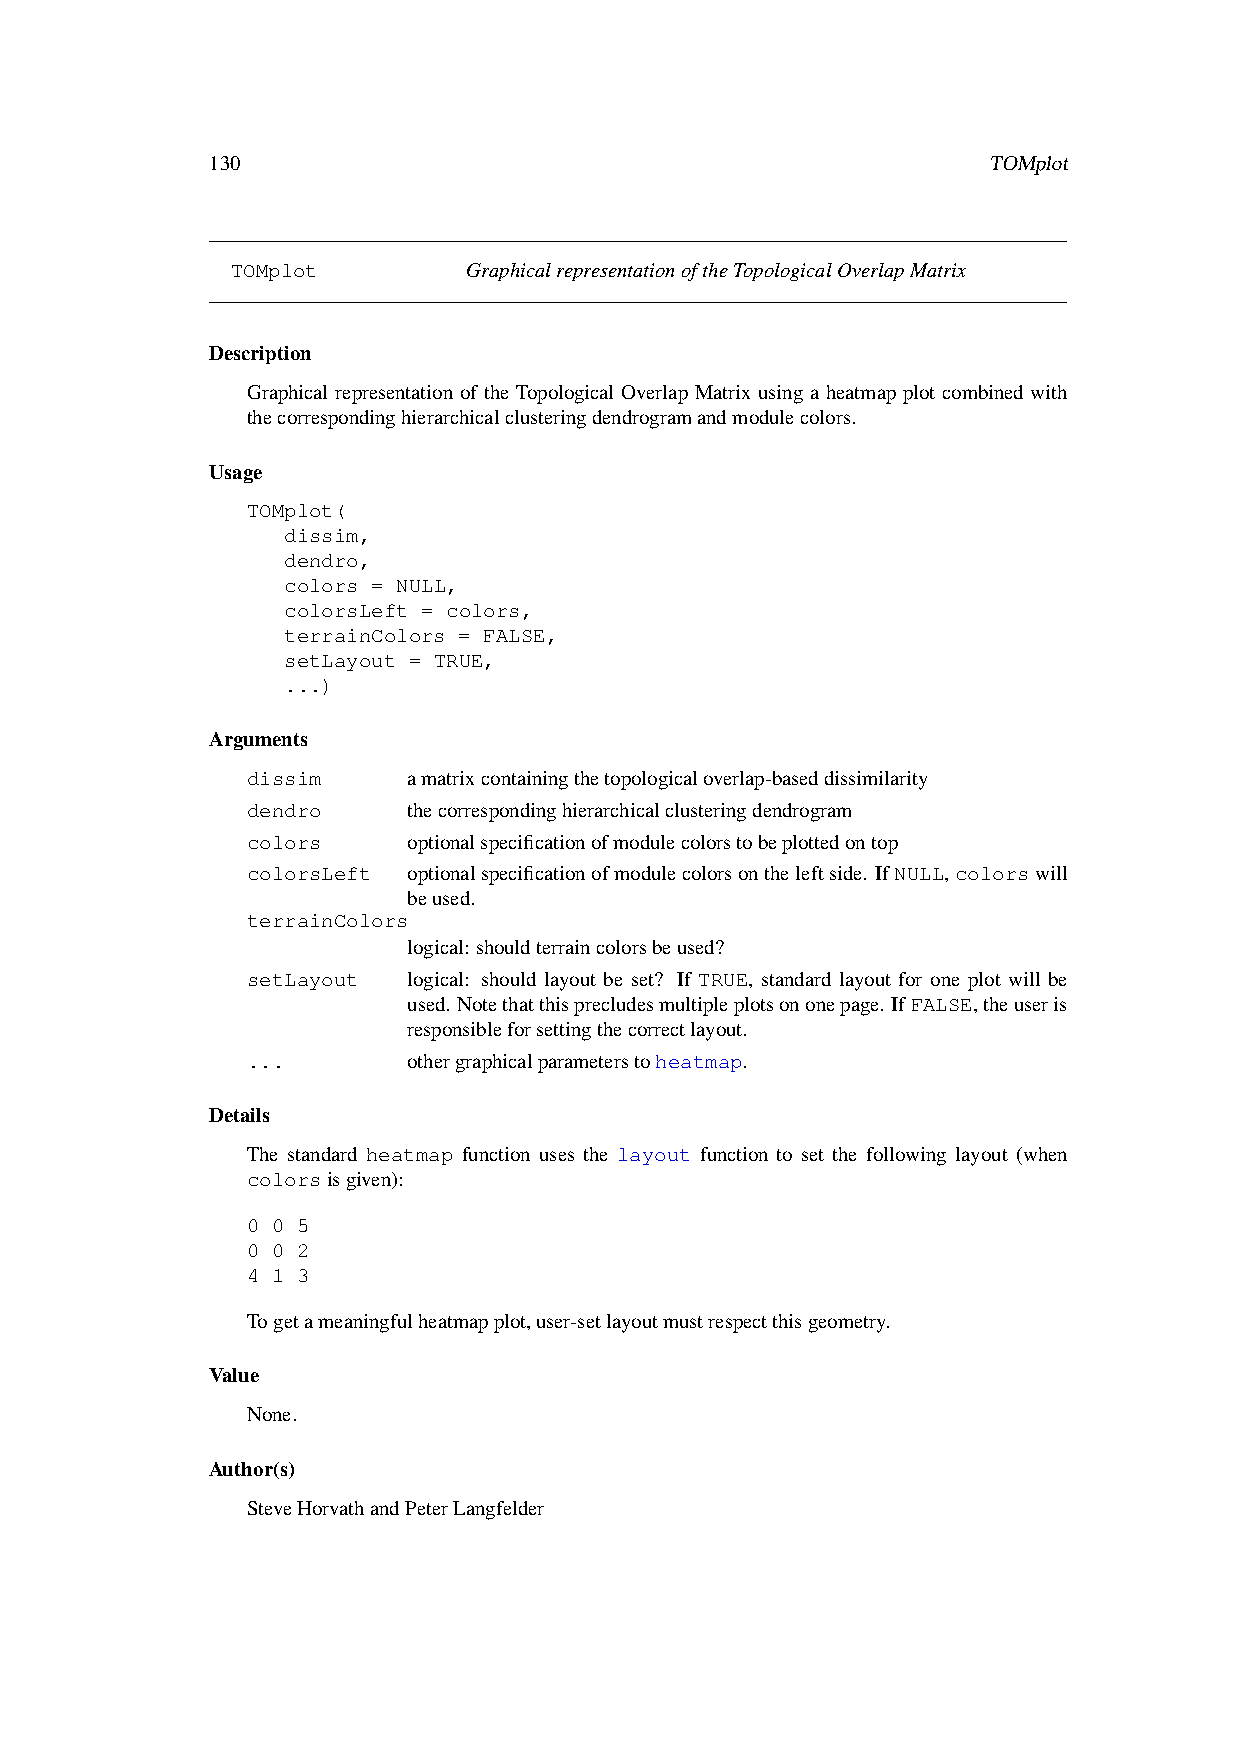
130                                                TOMplot
 TOMplot         GraphicalrepresentationoftheTopologicalOverlapMatrix
 Description
 Graphical representation of the Topological Overlap Matrix using a heatmap plot combined with
 thecorrespondinghierarchicalclusteringdendrogramandmodulecolors.
 Usage
 TOMplot(
 dissim,
 dendro,
 colors = NULL,
 colorsLeft = colors,
 terrainColors = FALSE,
 setLayout = TRUE,
 ...)
 Arguments
 dissim     amatrixcontainingthetopologicaloverlap-baseddissimilarity
 dendro     thecorrespondinghierarchicalclusteringdendrogram
 colors     optionalspecificationofmodulecolorstobeplottedontop
 colorsLeft optionalspecificationofmodulecolorsontheleftside. IfNULL,colorswill
 beused.
 terrainColors
 logical: shouldterraincolorsbeused?
 setLayout  logical: should layout be set? If TRUE, standard layout for one plot will be
 used. Notethatthisprecludesmultipleplotsononepage. IfFALSE,theuseris
 responsibleforsettingthecorrectlayout.
 ...        othergraphicalparameterstoheatmap.
 Details
 The standard heatmap function uses the layout function to set the following layout (when
 colorsisgiven):
 0 0 5
 0 0 2
 4 1 3
 Togetameaningfulheatmapplot,user-setlayoutmustrespectthisgeometry.
 Value
 None.
 Author(s)
 SteveHorvathandPeterLangfelder